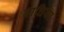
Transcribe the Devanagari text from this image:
बाघिया